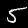
Label: 5